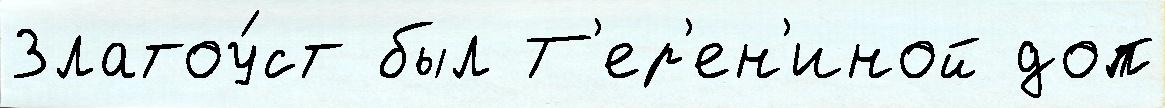
Златоу́ст был Т'ер'ен'иной доп